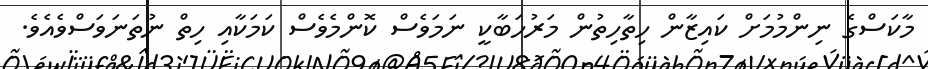
މާކަސްގެ ނިންމުމަށް ކައިޒާން ހިތާހިތުން މަރުހަބާކީ ނަމަވެސް ކޮންމެވެސް ކަމަކާއި ހިތް ނުތަނަވަސްވެއެވެ.